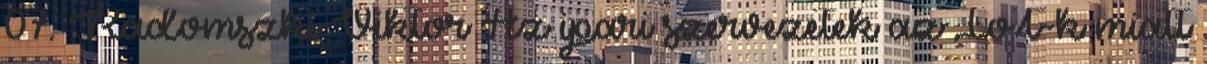
07. Radomszki Viktor Az ipari szervezetek az IoT-k miatt